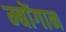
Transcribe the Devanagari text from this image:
म्बोंगान